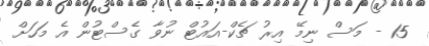
15 - މަސް ނިމޭ އިރު ޗެކް-އައުޓް ނުވާ ގެސްޓުން އެ މަހަށް